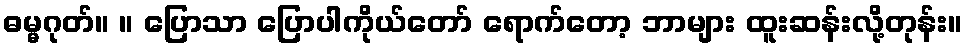
ဓမ္မဂုတ်။ ။ ပြောသာ ပြောပါကိုယ်တော် ရောက်တော့ ဘာများ ထူးဆန်းလို့တုန်း။